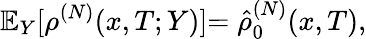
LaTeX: \mathbb{E}_{Y}[\rho^{(N)}(x,T;Y)]{=\hat{\rho}_{0}^{(N)}(x,T)},